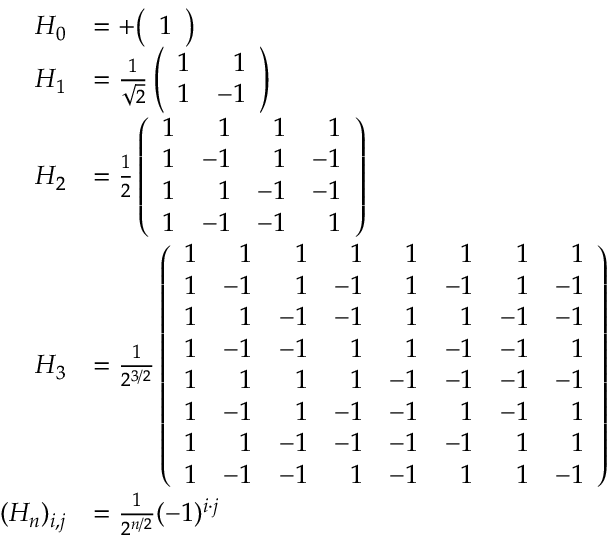
{ \begin{array} { r l } { H _ { 0 } } & { = + { \left( \begin{array} { l } { 1 } \end{array} \right) } } \\ { H _ { 1 } } & { = { \frac { 1 } { \sqrt { 2 } } } \left( { \begin{array} { r r } { 1 } & { 1 } \\ { 1 } & { - 1 } \end{array} } \right) } \\ { H _ { 2 } } & { = { \frac { 1 } { 2 } } \left( { \begin{array} { r r r r } { 1 } & { 1 } & { 1 } & { 1 } \\ { 1 } & { - 1 } & { 1 } & { - 1 } \\ { 1 } & { 1 } & { - 1 } & { - 1 } \\ { 1 } & { - 1 } & { - 1 } & { 1 } \end{array} } \right) } \\ { H _ { 3 } } & { = { \frac { 1 } { 2 ^ { 3 / 2 } } } \left( { \begin{array} { r r r r r r r r } { 1 } & { 1 } & { 1 } & { 1 } & { 1 } & { 1 } & { 1 } & { 1 } \\ { 1 } & { - 1 } & { 1 } & { - 1 } & { 1 } & { - 1 } & { 1 } & { - 1 } \\ { 1 } & { 1 } & { - 1 } & { - 1 } & { 1 } & { 1 } & { - 1 } & { - 1 } \\ { 1 } & { - 1 } & { - 1 } & { 1 } & { 1 } & { - 1 } & { - 1 } & { 1 } \\ { 1 } & { 1 } & { 1 } & { 1 } & { - 1 } & { - 1 } & { - 1 } & { - 1 } \\ { 1 } & { - 1 } & { 1 } & { - 1 } & { - 1 } & { 1 } & { - 1 } & { 1 } \\ { 1 } & { 1 } & { - 1 } & { - 1 } & { - 1 } & { - 1 } & { 1 } & { 1 } \\ { 1 } & { - 1 } & { - 1 } & { 1 } & { - 1 } & { 1 } & { 1 } & { - 1 } \end{array} } \right) } \\ { ( H _ { n } ) _ { i , j } } & { = { \frac { 1 } { 2 ^ { n / 2 } } } ( - 1 ) ^ { i \cdot j } } \end{array} }